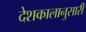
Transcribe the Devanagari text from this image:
देशकालानुसारी